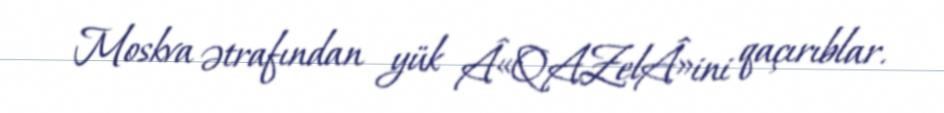
Moskva ətrafından yük Â«QAZelÂ»ini qaçırıblar.